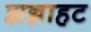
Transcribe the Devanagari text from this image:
झन्नाहट